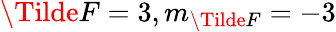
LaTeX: \Tilde{F}=3,m_{\Tilde{F}}=-3